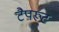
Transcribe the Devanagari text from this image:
टैपरूट